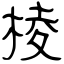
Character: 棱